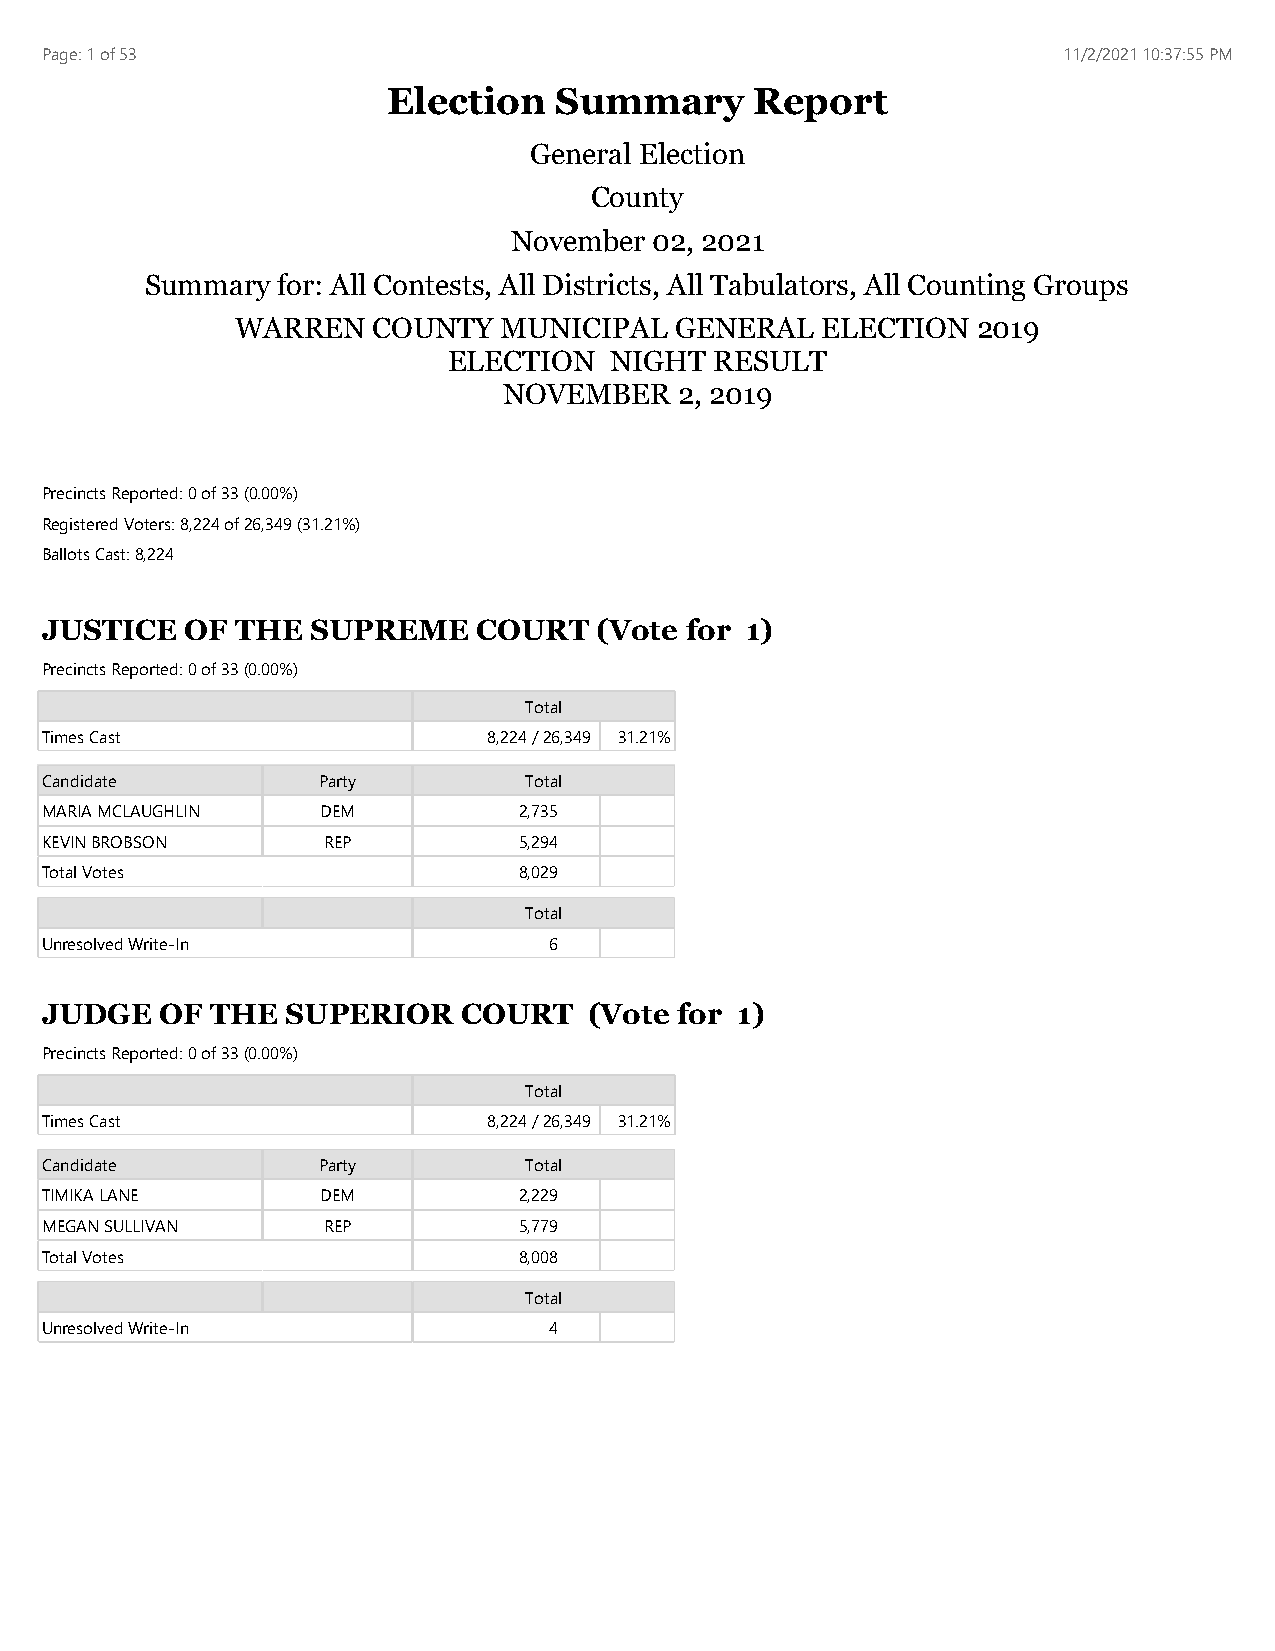
Page: 1 of 53                                                      11/2/2021 10:37:55 PM
 Election   Summary      Report
 General Election
 County
 November 02, 2021
 Summary for: All Contests, All Districts, All Tabulators, All Counting Groups
 WARREN   COUNTY  MUNICIPAL   GENERAL  ELECTION   2019
 ELECTION  NIGHT  RESULT
 NOVEMBER    2, 2019
 Precincts Reported: 0 of 33 (0.00%)
 Registered Voters: 8,224 of 26,349 (31.21%)
 Ballots Cast: 8,224
 JUSTICE  OF  THE  SUPREME    COURT  (Vote for 1)
 Precincts Reported: 0 of 33 (0.00%)
 Total
 Times Cast                   8,224 / 26,349 31.21%
 Candidate         Party         Total
 MARIA MCLAUGHLIN  DEM          2,735
 KEVIN BROBSON     REP          5,294
 Total Votes                    8,029
 Total
 Unresolved Write-In              6
 JUDGE   OF THE  SUPERIOR    COURT   (Vote for 1)
 Precincts Reported: 0 of 33 (0.00%)
 Total
 Times Cast                   8,224 / 26,349 31.21%
 Candidate         Party         Total
 TIMIKA LANE       DEM          2,229
 MEGAN SULLIVAN    REP          5,779
 Total Votes                    8,008
 Total
 Unresolved Write-In              4